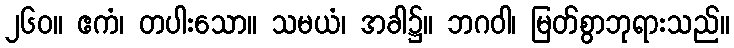
၂၆၀။ ဧကံ၊ တပါးသော။ သမယံ၊ အခါ၌။ ဘဂဝါ၊ မြတ်စွာဘုရားသည်။